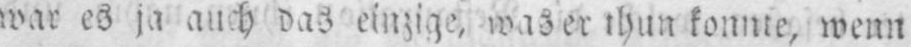
war es ja auch das einzig, was er thun konnte, wenn